Jarvakandi_vallavalitsus, lk 13
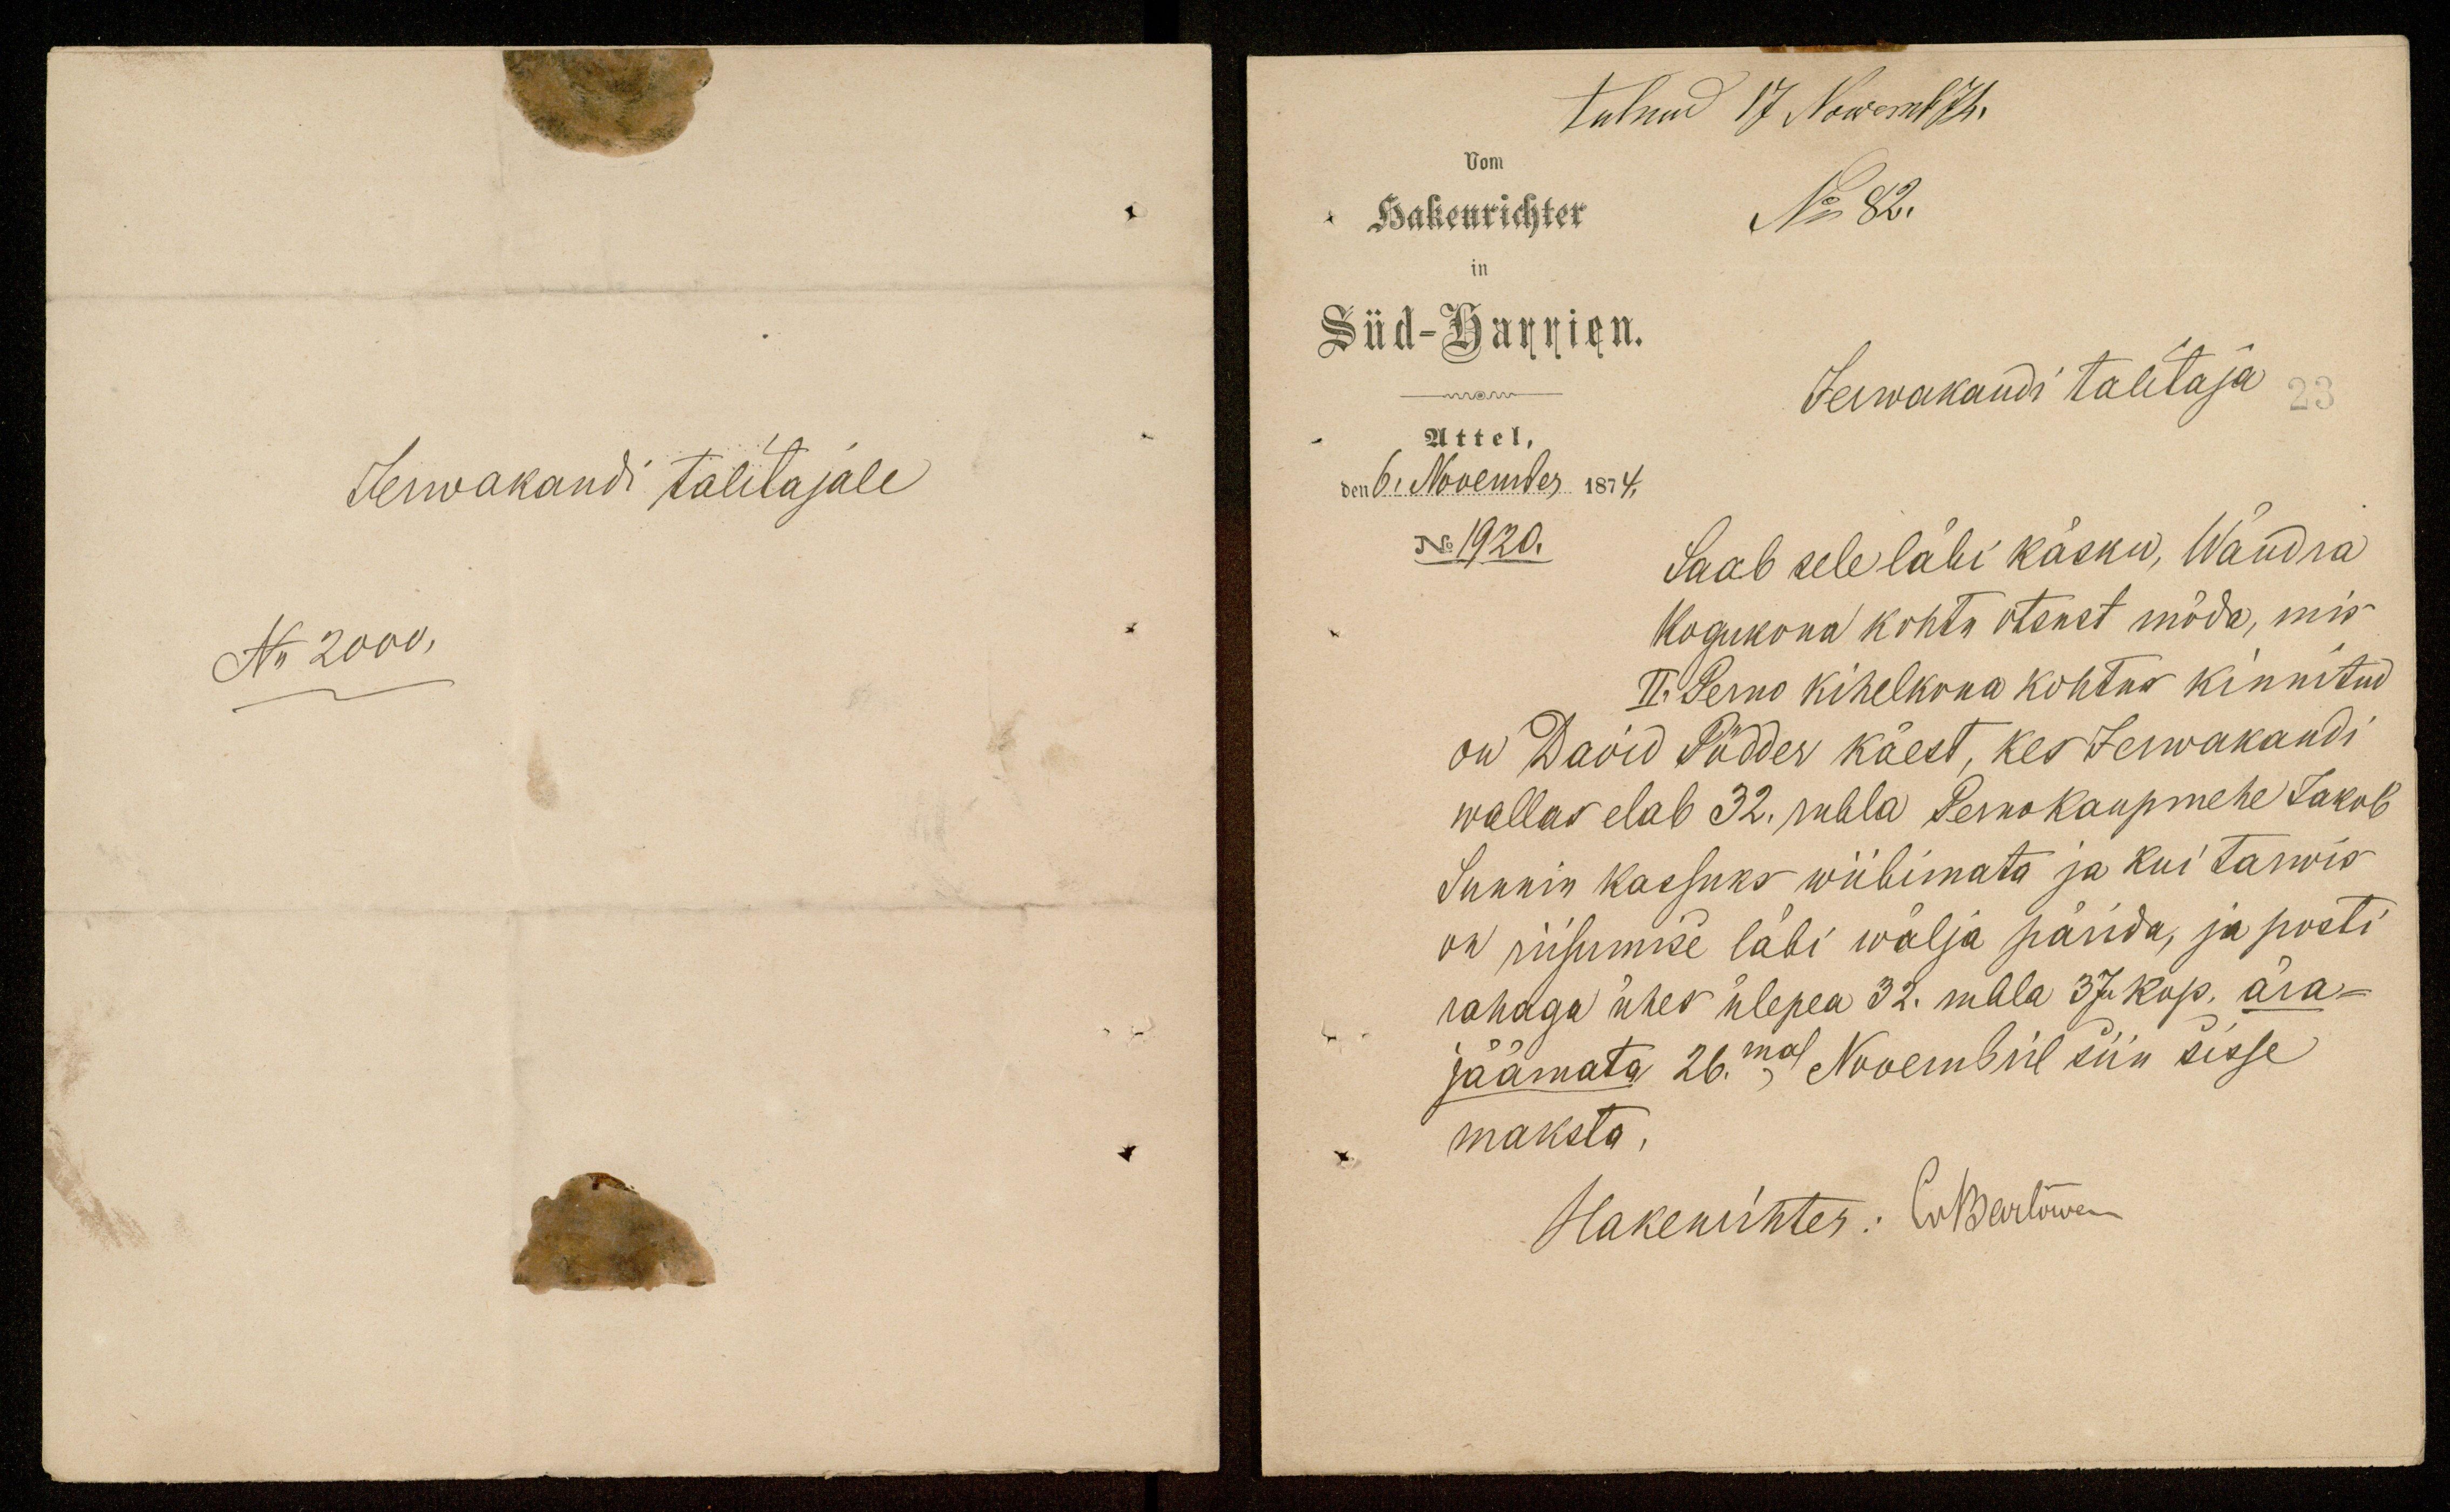
tulnud 17 Nowemb 74.
Vom
Hakenrichter
No 82.
in
Süd-Harrien.
Jerwakandi talitaja
Attel,
den 6. November 1874.
No 1920.
Saab sele läbi käsku, Wändra
Kogukona kohtu otsust möda, mis-
II. Perno Kihelkonna kohtus kinnitud
on David Pödder käest, kes Jerwakandi
wallas elab 32. rubla Perno kaupmehe Jakob
Sunnin kassuks wiibimata ja kui Tarwis
on riisumise läbi wälja pärida, ja posti
rahaga ühes ülepea 32. rubla 37 kop. ära-
jäämata 26.mal Nowembril siin sisse
maksta,
Hakenrichter: Co Bertowen

Jerwakandi talitajale
Nr 2000.